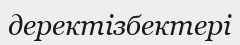
деректізбектері